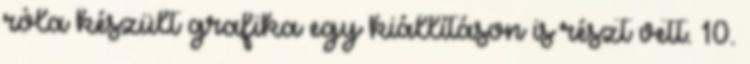
róla készült grafika egy kiállításon is részt vett. 10.